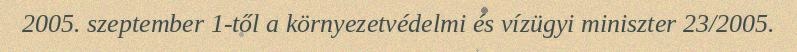
2005. szeptember 1-től a környezetvédelmi és vízügyi miniszter 23/2005.